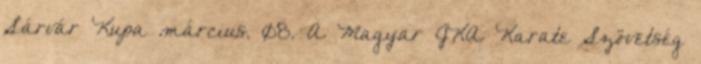
Sárvár Kupa március. 08. A Magyar JKA Karate Szövetség